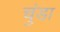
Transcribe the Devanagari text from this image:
चुंडा